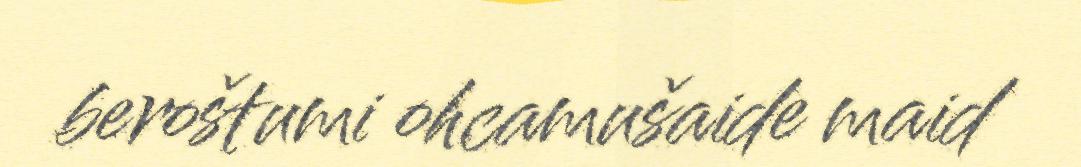
beroštumi ohcamušaide maid